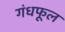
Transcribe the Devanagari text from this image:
गंधफूल